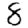
Digit: 8